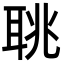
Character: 聎